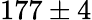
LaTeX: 177\pm 4